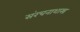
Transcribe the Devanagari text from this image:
संरचनाशास्त्र